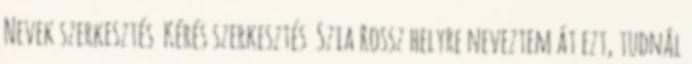
Nevek szerkesztés Kérés szerkesztés Szia Rossz helyre neveztem át ezt, tudnál